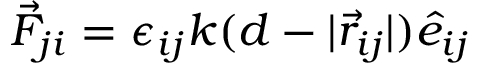
\vec { F } _ { j i } = \epsilon _ { i j } k ( d - | \vec { r } _ { i j } | ) \hat { e } _ { i j }